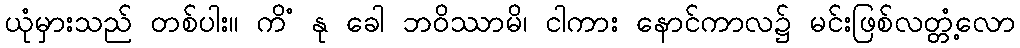
ယုံမှားသည် တစ်ပါး။ ကိံ နု ခေါ ဘဝိဿာမိ၊ ငါကား နောင်ကာလ၌ မင်းဖြစ်လတ္တံ့လော